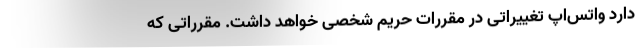
دارد واتس‌اپ تغییراتی در مقررات حریم شخصی خواهد داشت. مقرراتی که